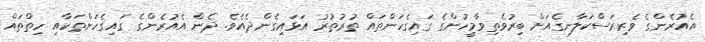
އެއުރެންގެ ވެރިރަސްކަލާނގެއަށް ބިރުވެތިވާމީހުންގެ ގައިގެހަންތައް ތުރުތުރު އަޅައިގެންދެއެވެ. ދެން އެއުރެންގެ ގައިގެހަންތަކާއި ހިތްތައް